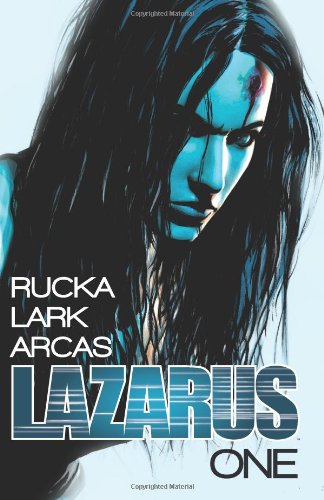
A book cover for Lazarus Volume 1 TP; Greg Rucka; Science Fiction & Fantasy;